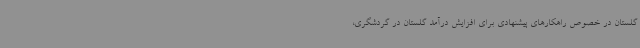
گلستان در خصوص راهکارهای پیشنهادی برای افزایش درآمد گلستان در گردشگری،